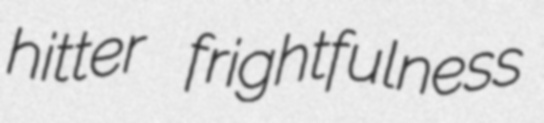
hitter frightfulness